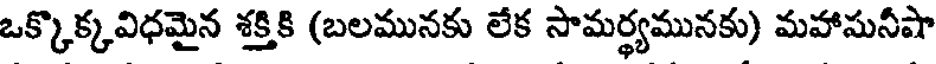
ఒక్కొక్కవిధమైన శక్తికి (బలమునకు లేక సామర్థ్యమునకు) మహాసునీషా